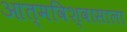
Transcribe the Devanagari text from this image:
आत्मविश्वासाला